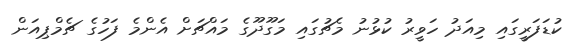
ކުޑަފަރީގައި މިއަދު ހަވީރު ކުޅުނު މެޗުގައި މަގޫދޫގެ މައްޗަށް އެންމެ ފަހުގެ ޗެމްޕިއަން